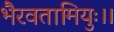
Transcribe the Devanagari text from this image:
भैरवतामियुः।।